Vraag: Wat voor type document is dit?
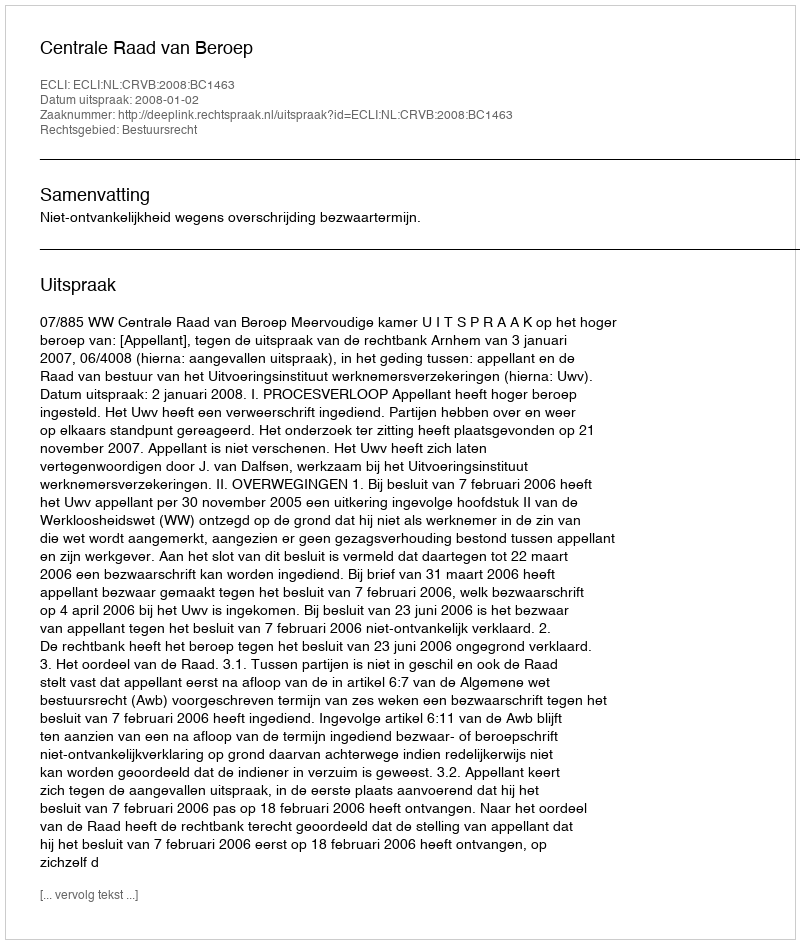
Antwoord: Uitspraak